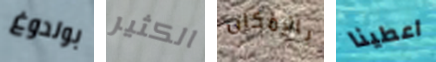
بولدوغ الكثير بالإمكان اعطينا